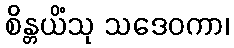
စိန္တယိံသု သဒေဝကာ၊